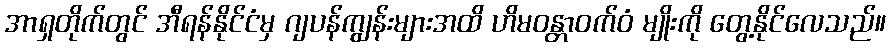
အာရှတိုက်တွင် အီရန်နိုင်ငံမှ ဂျပန်ကျွန်းများအထိ ဟိမဝန္တာဝက်ဝံ မျိုးကို တွေ့နိုင်လေသည်။